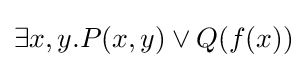
\exists x,y.P(x,y)\lor Q(f(x))